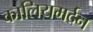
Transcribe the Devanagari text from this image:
कालियमर्दन